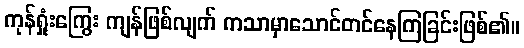
ကုန်ရှုံးကြွေး ကျန်ဖြစ်လျက် ကသာမှာသောင်တင်နေကြခြင်းဖြစ်၏။